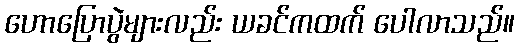
ဟောပြောပွဲများလည်း ယခင်ကထက် ပေါလာသည်။